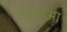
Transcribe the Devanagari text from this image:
टहलुआ